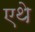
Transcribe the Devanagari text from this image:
एथे